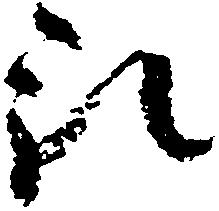
預